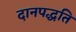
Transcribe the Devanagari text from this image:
दानपद्धति